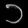
Digit: ၁